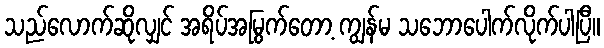
သည်လောက်ဆိုလျှင် အရိပ်အမြွက်တော့ ကျွန်မ သဘောပေါက်လိုက်ပါပြီ။